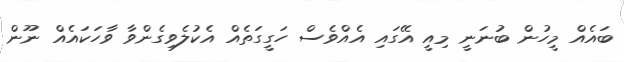
ބައެއް މީހުން ބުނަނީ މިއީ އޭގައި އެއްވެސް ހަގީގަތެއް އެކުލެވިގެންވާ ވާހަކައެއް ނޫން